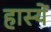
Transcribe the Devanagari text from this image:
हास्यें